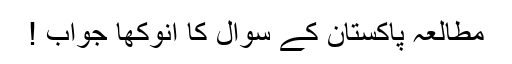
مطالعہ پاکستان کے سوال کا انوکھا جواب !